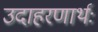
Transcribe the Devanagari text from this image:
उदाहरणार्थः